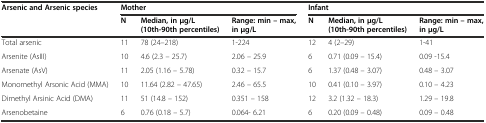
| <ROWSPAN=2> Arsenic and Arsenic species | <COLSPAN=3> Mother | <COLSPAN=3> Infant |
 | N | Median, in μg/L(10th-90th percentiles) | Range: min – max, in μg/L | N | Median, in μg/L(10th-90th percentiles) | Range: min – max, in μg/L |
 | --- | --- | --- | --- | --- | --- | --- |
 | Total arsenic | 11 | 78 (24–218) | 1-224 | 12 | 4 (2–29) | 1-41 |
 | Arsenite (AsIII) | 10 | 4.6 (2.3 – 25.7) | 2.06 – 25.9 | 6 | 0.71 (0.09 – 15.4) | 0.09 -15.4 |
 | Arsenate (AsV) | 11 | 2.05 (1.16 – 5.78) | 0.32 – 15.7 | 6 | 1.37 (0.48 – 3.07) | 0.48 – 3.07 |
 | Monomethyl Arsonic Acid (MMA) | 10 | 11.64 (2.82 – 47.65) | 2.46 – 65.5 | 10 | 0.41 (0.10 – 3.97) | 0.10 – 4.23 |
 | Dimethyl Arsinic Acid (DMA) | 11 | 51 (14.8 – 152) | 0.351 – 158 | 12 | 3.2 (1.32 – 18.3) | 1.29 – 19.8 |
 | Arsenobetaine | 6 | 0.76 (0.18 – 5.7) | 0.064- 6.21 | 6 | 0.20 (0.09 – 0.48) | 0.09 – 0.48 |